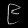
Digit: ၉